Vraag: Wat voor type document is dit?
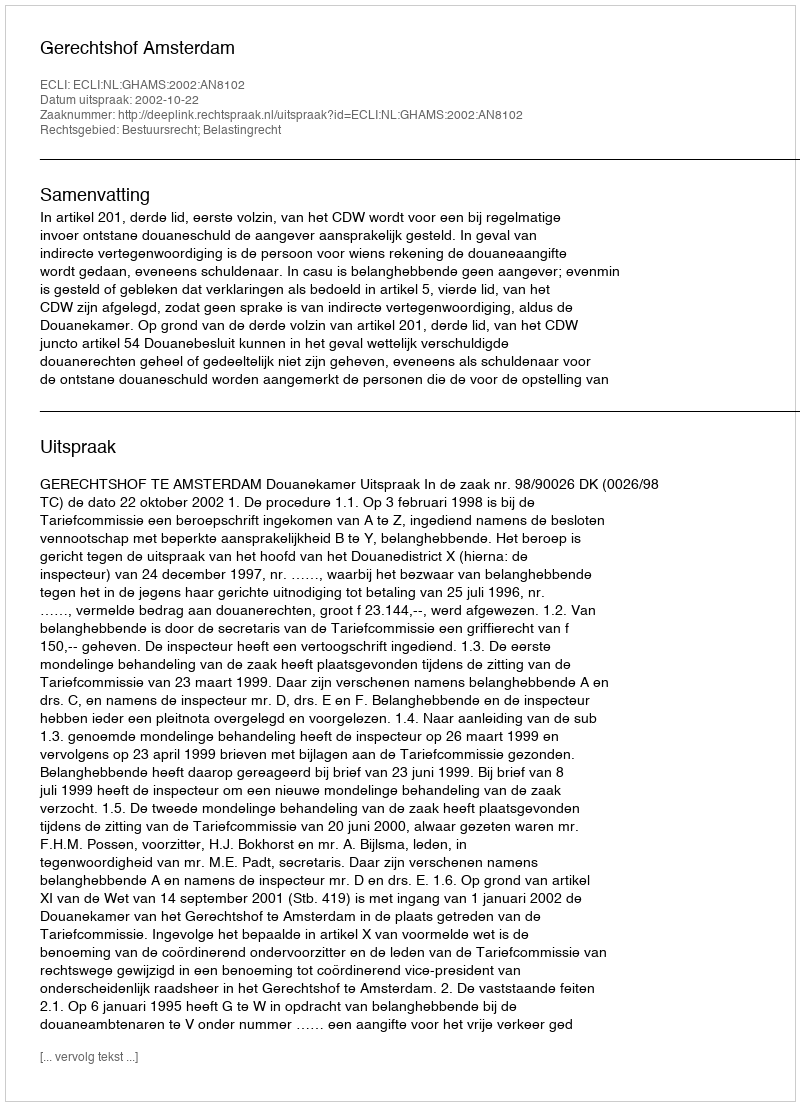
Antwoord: Uitspraak